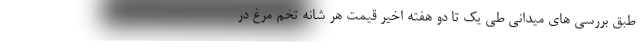
طبق بررسی های میدانی طی یک تا دو هفته اخیر قیمت هر شانه تخم مرغ در